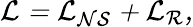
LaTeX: \cal{L}=\cal{L}_{NS}+\cal{L}_{R},